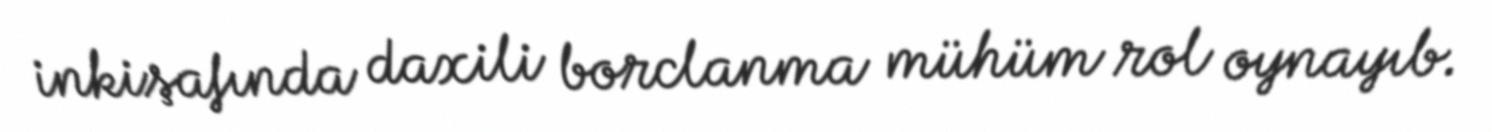
inkişafında daxili borclanma mühüm rol oynayıb.